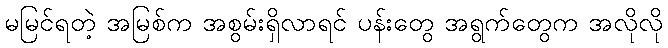
မမြင်ရတဲ့ အမြစ်က အစွမ်းရှိလာရင် ပန်းတွေ အရွက်တွေက အလိုလို